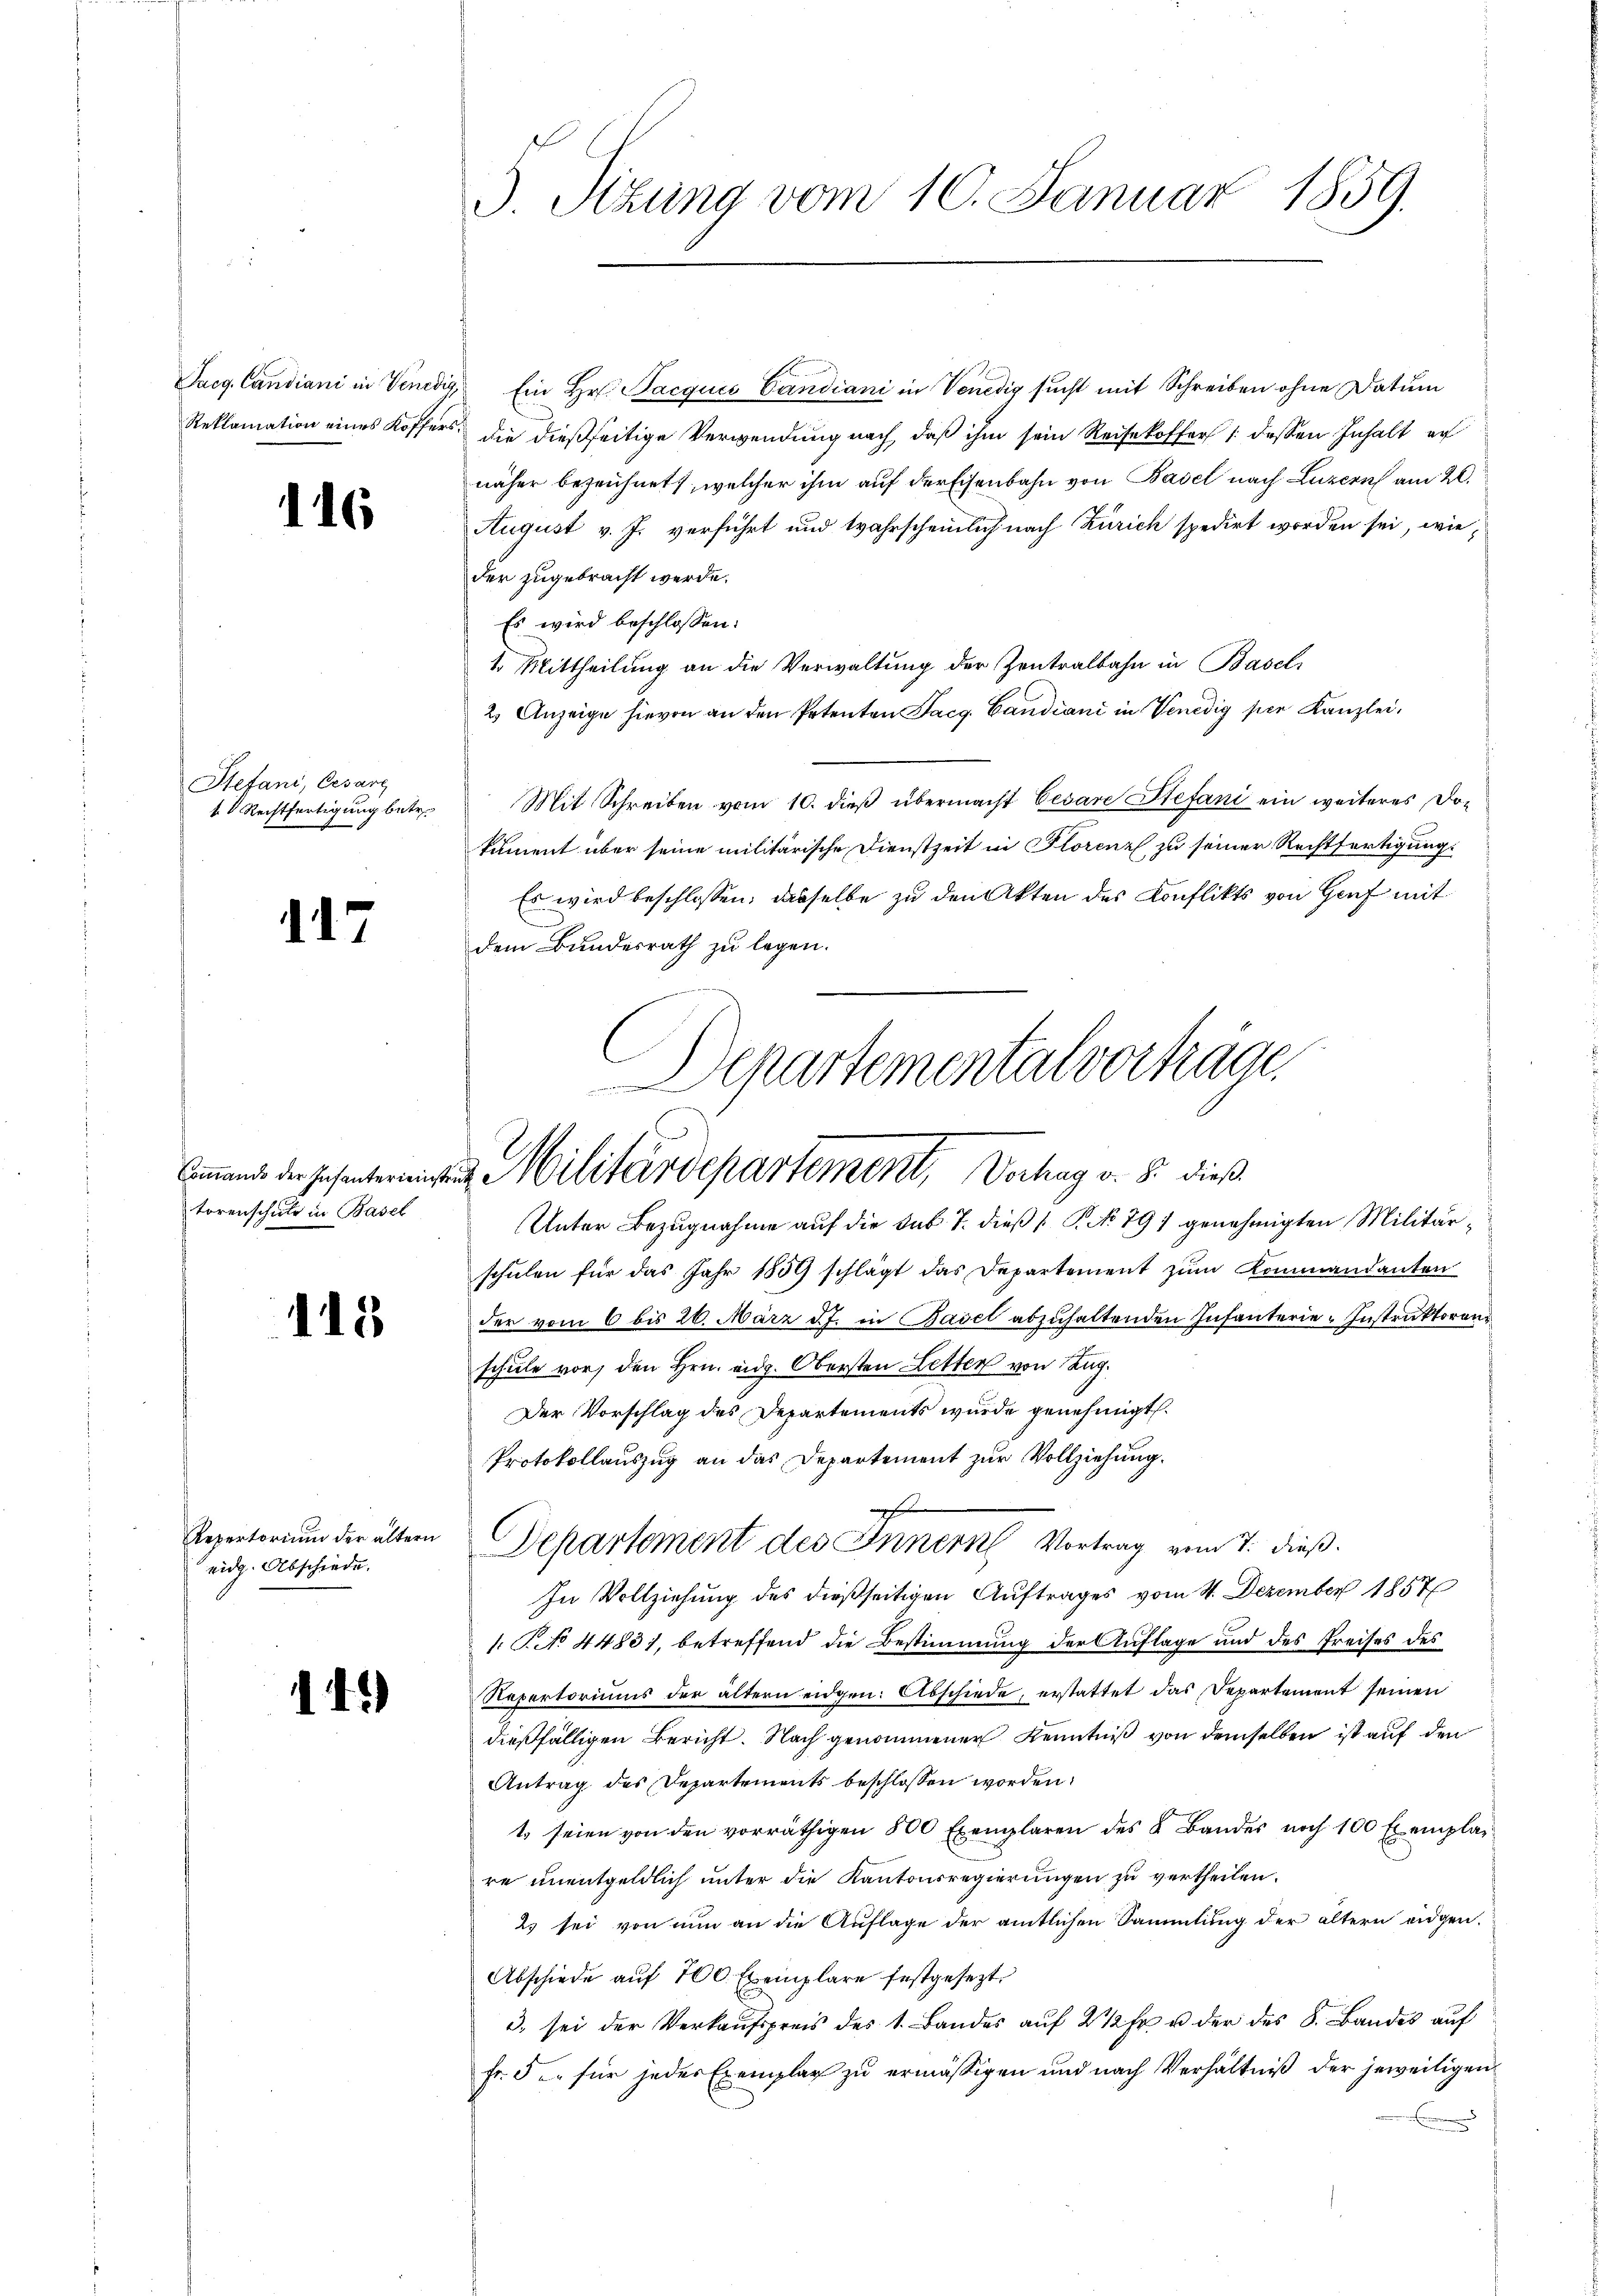
Saeg. Candiani in Venedig
Reklamation eines Koffer

116

Stefani, Ersarz
1. Rechtfertigung betr.

1

torenschuld in Basel

118

eidg. Abschiede

d

1.)

5. Sitzung vom 10. Januar 1859.

Cammend der Zehnterminen Militärdepartement, Vorhag v. 8. dieß

" Ein Hr. Pacquis Candiani in Venedig sucht mit Schreiben ohne Datum
die dießseitige Verwendung nach, daß ihm sein Reisekoffer /: dessen Inhalt er
näher bezeichnet, welcher ihm auf derschenbahn von Basel nach Luzern am 20.
August v. J. verführt und wahrscheinlich nach Zürich spedirt worden sei, wieder zugebracht werde.
Es wird beschlossen:
1. Mittheilung an die Verwaltung der Zentralbahn in Basel
2. Anzeige hievon an den Petenten Facg. Candiani in Venedig per Kanzlei,
Mit Schreiben vom 10. dieβ übermacht Cesare Stefani ein weiteres Do-
kument über seine militärische Dienstzeit in Florenz zu seiner Rechtfertigung:
Es wird beschlossen; dasselbe zu den Akten des Konflikts von Genf mit
dem Bundesrath zu legen.
Departementalverträge

h
Repertorium der ältern Departement des Innern Vortrag vom 7. dieß.

Unter Bezugnahme auf die sub. 7. dieß P. No 791 genehmigten Militärschulen für das Jahr 1859 schlägt das Departement zŭm Kommandanten
der vom 6 bis 26. März d. J. in Basel abzuhaltenden Infanterie-Instruktoren
schule vor, den Hrn. eidg. Obersten Letter von Tag¬
Der Vorschlag des Departements wurde genehmigt.
Protokollauszug an das Departement zur Vollziehung.
In Vollziehung des dießseitigen Auftrages vom 4. Dezember 1857
1. T. No 4483), betreffend die Bestimmung der Auflage und des Preises des
Repertoriums der ältern eidgen: Abschiede, erstattet das Departement seinen
dießfälligen Bericht. Nach genommener Kenntniß von demselben ist auf den
Antrag des Departements beschlossen worden:
t seien von den vorräthigen 800 Exemplaren des 2 Bandes noch 100 Exemplar
re unentgeldlich unter die Kantonsregierungen zu vertheilen.
2 sei von nun an die Auflage der amtlichen Sammlung der ältern eidgen.
Abschiede auf 700 Exemplare festgesezt
3. sei der Verkaŭfspreis des 1. Bandes aŭf 2 1/2 fr u der des S. Bandes auf
Fr. 5. für jedes Exemplar zu ermässigen und nach Verhältniß der jeweiligen